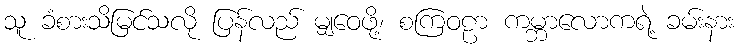
သူ ခံစားသိမြင်သလို ပြန်လည် မျှဝေဖို့၊ စကြဝဠာ ကမ္ဘာလောကရဲ့ ခမ်းနား